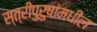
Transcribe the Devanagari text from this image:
स्त्रीपुरुषांमधील